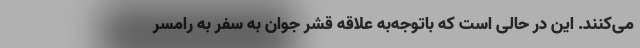
می‌کنند. این در حالی است که باتوجه‌به علاقه قشر جوان به سفر به رامسر